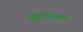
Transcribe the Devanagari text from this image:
प्राक्र्तावस्था